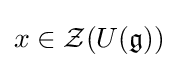
x\in {\mathcal {Z}}(U({\mathfrak {g}}))